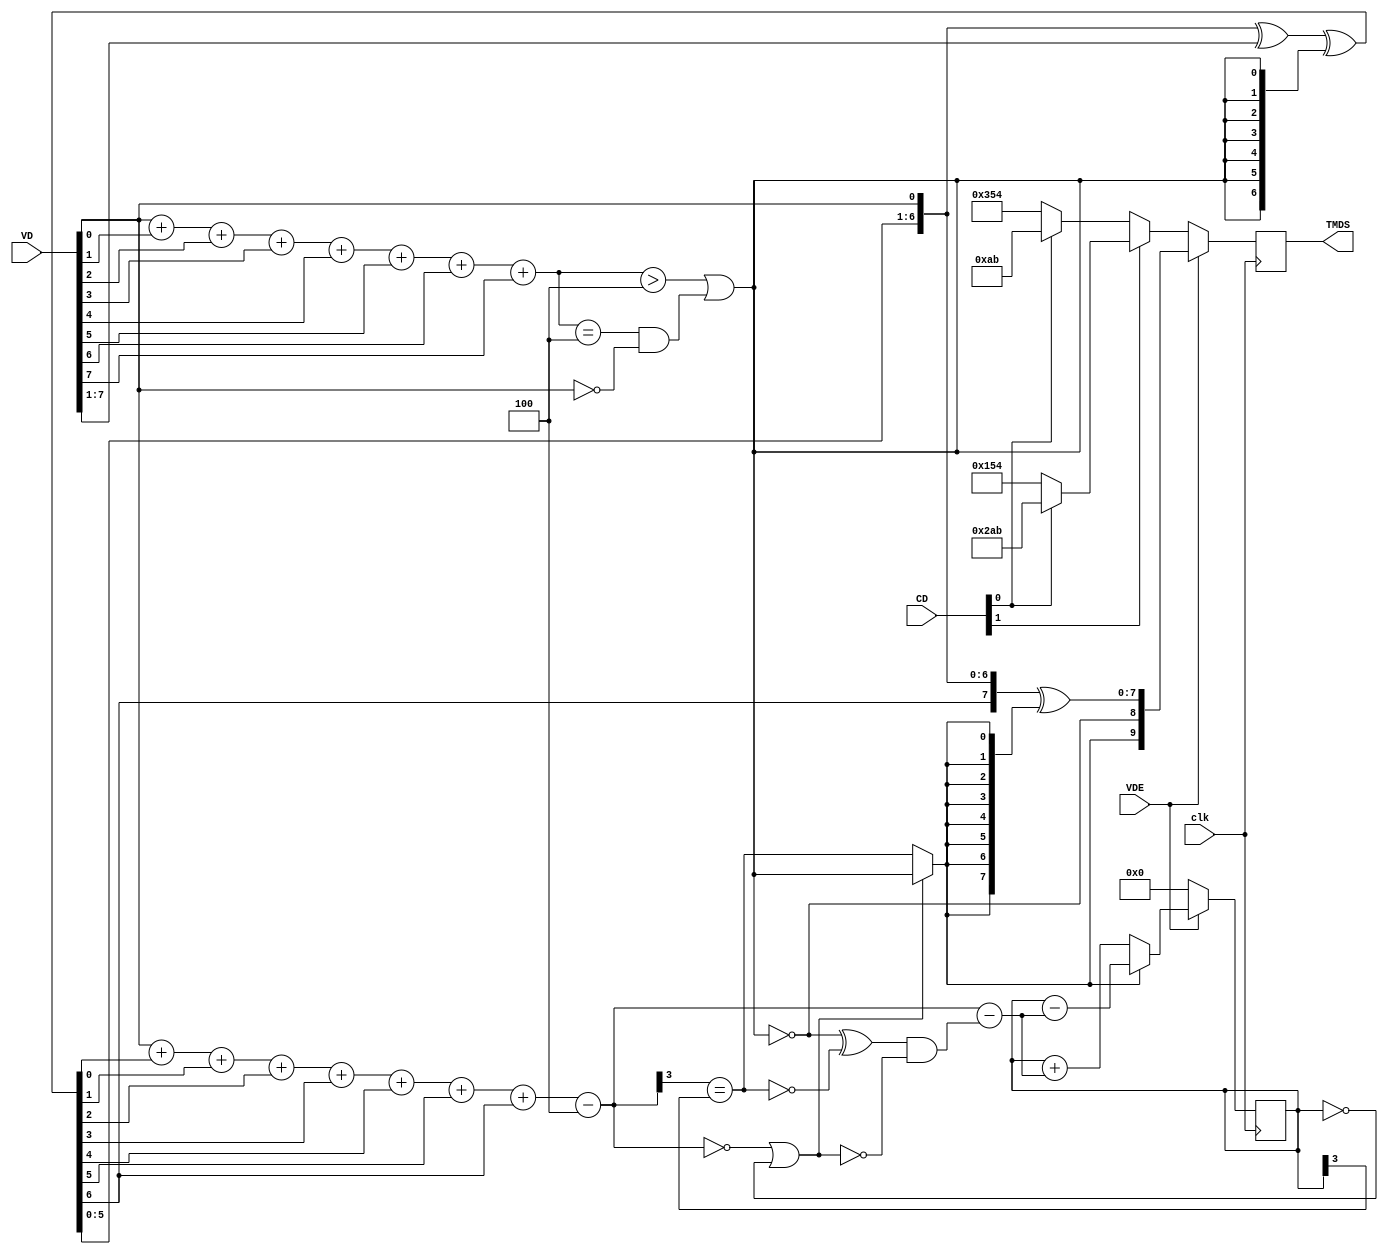
`timescale 1ns / 1ps
// (c) fpga4fun.com & KNJN LLC 2013

////////////////////////////////////////////////////////////////////////
module TMDS_encoder(
	input clk,
	input [7:0] VD,  // video data (red, green or blue)
	input [1:0] CD,  // control data
	input VDE,  // video data enable, to choose between CD (when VDE=0) and VD (when VDE=1)
	output reg [9:0] TMDS = 0
);

wire [3:0] Nb1s = VD[0] + VD[1] + VD[2] + VD[3] + VD[4] + VD[5] + VD[6] + VD[7];
wire XNOR = (Nb1s>4'd4) || (Nb1s==4'd4 && VD[0]==1'b0);
wire [8:0] q_m = {~XNOR, q_m[6:0] ^ VD[7:1] ^ {7{XNOR}}, VD[0]};

reg [3:0] balance_acc = 0;
wire [3:0] balance = q_m[0] + q_m[1] + q_m[2] + q_m[3] + q_m[4] + q_m[5] + q_m[6] + q_m[7] - 4'd4;
wire balance_sign_eq = (balance[3] == balance_acc[3]);
wire invert_q_m = (balance==0 || balance_acc==0) ? ~q_m[8] : balance_sign_eq;
wire [3:0] balance_acc_inc = balance - ({q_m[8] ^ ~balance_sign_eq} & ~(balance==0 || balance_acc==0));
wire [3:0] balance_acc_new = invert_q_m ? balance_acc-balance_acc_inc : balance_acc+balance_acc_inc;
wire [9:0] TMDS_data = {invert_q_m, q_m[8], q_m[7:0] ^ {8{invert_q_m}}};
wire [9:0] TMDS_code = CD[1] ? (CD[0] ? 10'b1010101011 : 10'b0101010100) : (CD[0] ? 10'b0010101011 : 10'b1101010100);

always @(posedge clk) TMDS <= VDE ? TMDS_data : TMDS_code;
always @(posedge clk) balance_acc <= VDE ? balance_acc_new : 4'h0;
endmodule